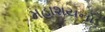
મહાશયનો